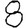
Digit: 8